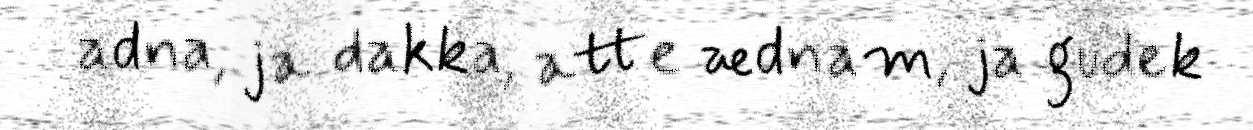
adna, ja dakka, atte ædnam, ja gudek